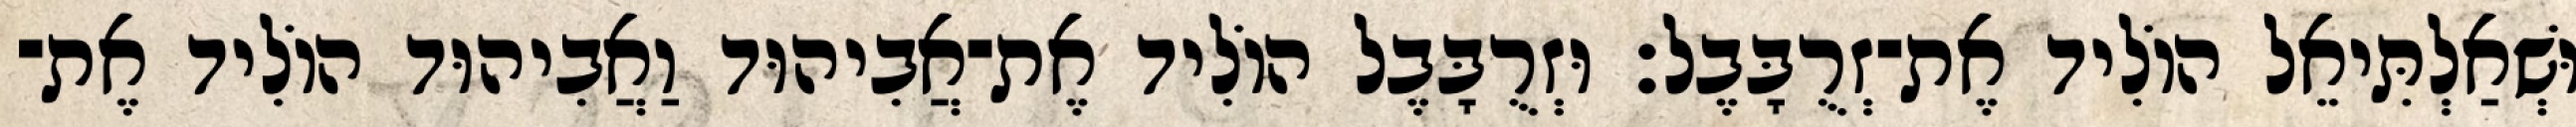
וּשְׁאַלְתִּיאֵל הוֹלִיד אֶת־זְרֻבָּבֶל׃ וּזְרֻבָּבֶל הוֹלִיד אֶת־אֲבִיהוּד וַאֲבִיהוּד הוֹלִיד אֶת־